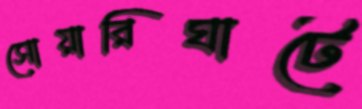
সোয়ারিঘাটে